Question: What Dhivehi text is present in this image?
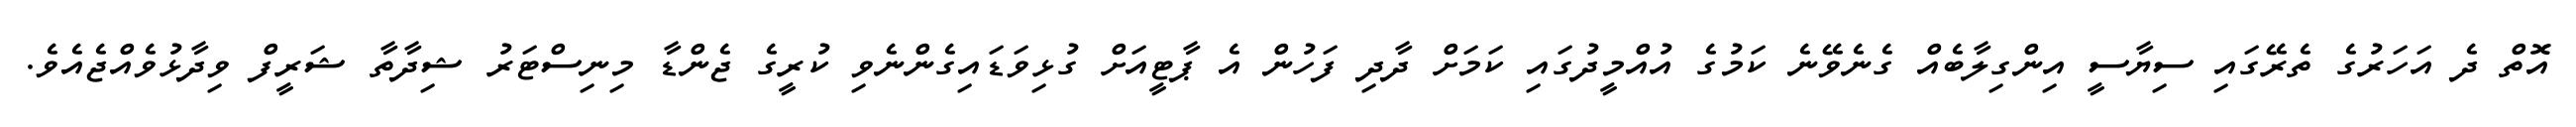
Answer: އޮތް ދެ އަހަރުގެ ތެރޭގައި ސިޔާސީ އިންގިލާބެއް ގެނެވޭނެ ކަމުގެ އުއްމީދުގައި ކަމަށް ދާދި ފަހުން އެ ޕާޓީއަށް ގުޅިވަޑައިގެންނެވި ކުރީގެ ޖެންޑާ މިނިސްޓަރު ޝިދާތާ ޝަރީފް ވިދާޅުވެއްޖެއެވެ.